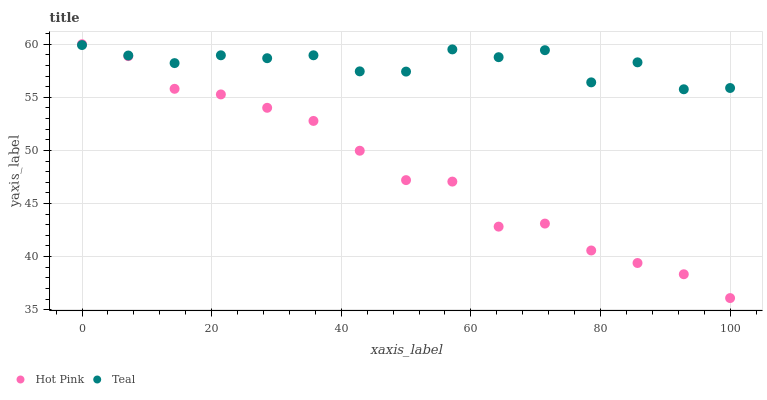
| xaxis_label | Hot Pink | Teal |
 | --- | --- | --- |
 | 0 | 60 | 59.9 |
 | 7.14 | 58.9 | 58.9 |
 | 14.3 | 55.8 | 58.2 |
 | 21.4 | 55.3 | 59 |
 | 28.6 | 54 | 58.7 |
 | 35.7 | 52.8 | 59 |
 | 42.9 | 50 | 57.4 |
 | 50 | 47.2 | 57.4 |
 | 57.1 | 47.1 | 59.5 |
 | 64.3 | 42.8 | 58.8 |
 | 71.4 | 43.1 | 59.4 |
 | 78.6 | 40.6 | 56.4 |
 | 85.7 | 39.4 | 58.3 |
 | 92.9 | 38.3 | 55.8 |
 | 100 | 36.1 | 55.9 |